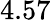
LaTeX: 4.57